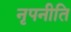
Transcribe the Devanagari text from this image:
नृपनीति